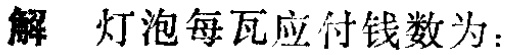
解 灯泡每瓦应付钱数为：